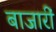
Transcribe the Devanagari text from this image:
बाजारीं